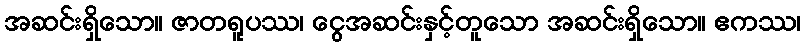
အဆင်းရှိသော။ ဇာတရူပဿ၊ ငွေအဆင်းနှင့်တူသော အဆင်းရှိသော။ ဧကဿ၊